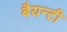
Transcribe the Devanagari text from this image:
बैयन्टी